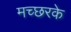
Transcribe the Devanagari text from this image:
मच्छरके